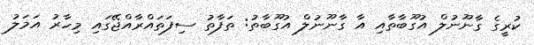
ކުރީގެ ގާނޫނުލް އުގޫބާތާއި އާ ގާނޫނުލް އުގޫބާތު: ތަފާތު ސިފަތައްރާއްޖޭގައި މިހާރު އަމަލު